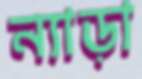
ন্যাড়া